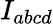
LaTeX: I_{abcd}